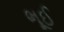
ભૂઈ